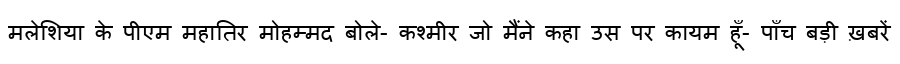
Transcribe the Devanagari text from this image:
मलेशिया के पीएम महातिर मोहम्मद बोले- कश्मीर जो मैंने कहा उस पर कायम हूँ- पाँच बड़ी ख़बरें